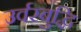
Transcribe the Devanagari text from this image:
उर्वरबुद्धि